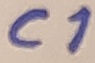
Text: C1